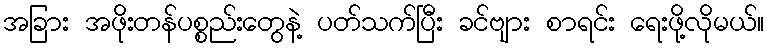
အခြား အဖိုးတန်ပစ္စည်းတွေနဲ့ ပတ်သက်ပြီး ခင်ဗျား စာရင်း ရေးဖို့လိုမယ်။